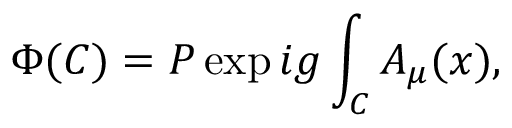
\Phi ( C ) = P \exp i g \int _ { C } A _ { \mu } ( x ) ,